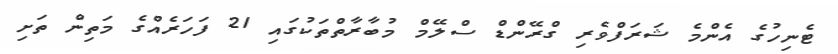
ޓެނިހުގެ އެންމެ ޝަރަފްވެރި ގްރޭންޑް ސްލޭމް މުބާރާތްތަކުގައި 21 ފަހަރެއްގެ މަތިން ތަށި